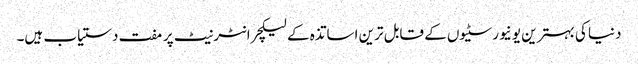
دنیا کی بہترین یونیورسٹیوں کے قابل ترین اساتذہ کے لیکچر انٹرنیٹ پر مفت دستیاب ہیں۔